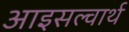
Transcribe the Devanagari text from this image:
आइसल्वार्थ